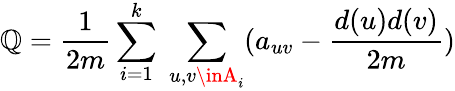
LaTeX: \mathbb{Q}=\frac{{1}}{{2m}}\sum_{i=1}^{k}\; \sum_{u,v\inA_{i}}(a_{uv}-\frac{{d(u)d(v)}}{{2m}})